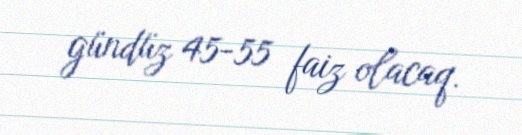
gündüz 45-55 faiz olacaq.